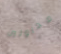
محاولين